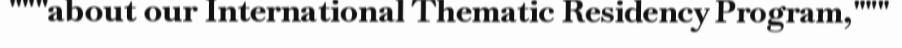
"""about our International Thematic Residency Program,"""